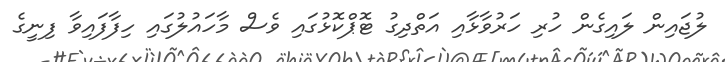
ލުޖައިން ލައިގެން ހުރި ހަރުވާޅާއި އަތްދިގު ޓޮޕްކޮޅުގައި ވެސް މާހައުލުގައި ހިފާފައިވާ ފިނީގެ